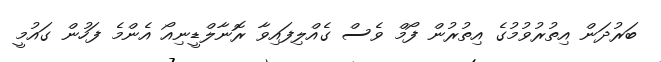
ބަރުދަން އިތުރުވުމުގެ އިތުރުން ފޯމް ވެސް ގެއްލިފައިވާ ރޮނާލްޑީނިއޯ އެންމެ ފަހުން ގައުމީ